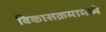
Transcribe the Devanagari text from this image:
विकासक्रमामध्ये